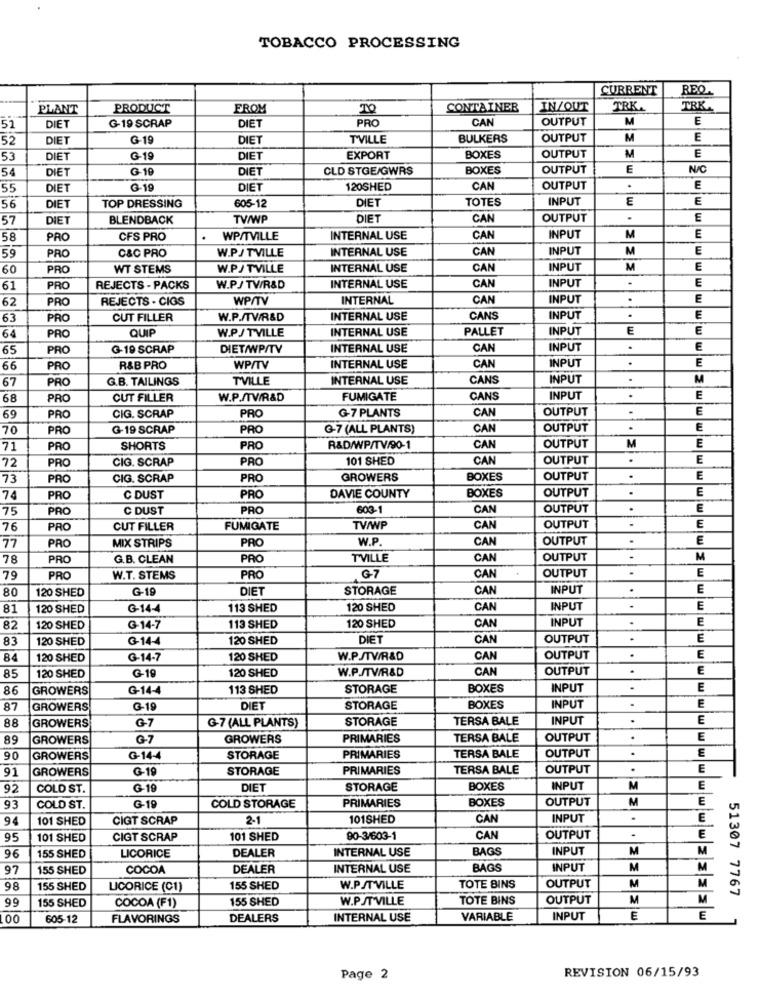
TOBACCO PROCESSING
CURRENT
REQ.
PLANT
PRODUCT
FROM
CONTAINER
IN/OUT
TRK
TRK.
G-19 SCRAP
DIET
PRC
CAN
OUTPUT
M
E
51
DIET
52
DIET
G-19
DIET
TVILLE
BULKERS
OUTPUT
M
E
E
53
DIET
G-19
DIET
EXPORT
BOXES
OUTPUT
M
54
DIET
G-19
DIET
CLD STGE/GWRS
BOXES
OUTPUT
E
N/C
55
DIET
3-19
DIET
120SHED
CAN
OUTPUT
E
DIET
TOP DRESSING
605-12
DIET
TOTES
INPUT
€
E
56
57
DIET
BLENDBACK
TV/WP
DIET
CAN
OUTPUT
-
E
58
PRO
CFS PRO
WP/TVILLE
INTERNAL USE
CAN
INPUT
M
E
W.P / TVILLE
INTERNAL USE
CAN
INPUT
M
E
59
PRO
C&C PRO
60
PRO
WT STEMS
W.P/ TVILLE
INTERNAL USE
CAN
INPUT
M
E
CAN
E
61
PRO
REJECTS - PACKS
W.P./ TV/R&D
INTERNAL USE
INPUT
62
PRO
REJECTS . CIGS
WP/TV
INTERNAL
CAN
INPUT
.
E
63
PRO
CUT FILLER
W.P./TV/R&D
INTERNAL USE
CANS
INPUT
.
E
QUIP
W.P/ TVILLE
INTERNAL USE
PALLET
INPUT
E
E
64
PRO
65
PRO
G-19 SCRAP
DIET/WP/TV
INTERNAL USE
CAN
INPUT
.
E
CAN
.
E
66
PRO
R&B PRO
WP/TV
INTERNAL USE
INPUT
67
PRO
G.B. TAILINGS
TVILLE
INTERNAL USE
CANS
INPUT
.
M
68
PRO
CUT FILLER
W.P./TV/R&D
FUMIGATE
CANS
INPUT
.
E
G-7 PLANTS
CAN
OUTPUT
E
59
PRO
CIG. SCRAP
PRO
70
PRO
G-19 SCRAP
PRO
G-7 (ALL PLANTS)
CAN
OUTPUT
.
E
M
E
71
PRO
SHORTS
PRO
R&D/WP/TV/90-1
CAN
OUTPUT
PRO
CIG. SCRAP
PRO
101 SHED
CAN
OUTPUT
E
72
73
PRC
CIG. SCRAP
PRO
GROWERS
BOXES
OUTPUT
.
E
BOXES
OUTPUT
E
74
PRC
C DUST
PRO
DAVIE COUNTY
75
PRC
C DUST
PRO
603-1
CAN
OUTPUT
.
E
.
76
PRC
CUT FILLER
FUMIGATE
TV/WP
CAN
OUTPUT
E
77
W.P.
CAN
OUTPUT
.
E
PRO
MIX STRIPS
PRO
78
PRO
G.B. CLEAN
PRO
TVILLE
CAN
OUTPUT
.
M
.
E
79
PRC
W.T. STEMS
PRO
G-7
CAN
OUTPUT
80
120 SHED
G-19
DIET
STORAGE
CAN
INPUT
.
E
81
120 SHED
G-14-4
113 SHED
120 SHED
CAN
INPUT
E
CAN
INPUT
.
E
82
120 SHED
G-14-7
113 SHED
120 SHED
83
120 SHED
G-14-
120 SHED
DIE
CAN
OUTPUT
.
E
8
120 SHED
G-14-7
120 SHED
W.P./TV/R&D
CAN
OUTPUT
.
E
85
G-19
120 SHED
W.P./TV/R&D
CAN
OUTPUT
.
E
120 SHED
86
GROWERS
G-14-
113 SHED
STORAGE
BOXES
INPUT
.
E
E
87
GROWERS
G-19
DIET
STORAGE
BOXES
INPUT
88
G-7
G-7 (ALL PLANTS)
STORAGE
TERSA BALE
INPUT
.
E
GROWERS
89
GROWERS
G-7
GROWERS
PRIMARIES
TERSA BALE
OUTPUT
.
E
.
E
90
GROWERS
G-14-4
STORAGE
PRIMARIES
TERSA BALE
OUTPUT
91
GROWERS
G-19
STORAGE
PRIMARIES
TERSA BALE
OUTPUT
.
E
92
COLD ST.
6-19
DIET
STORAGE
BOXES
INPUT
M
E
PRIMARIES
BOXES
OUTPUT
M
E
93
COLD ST.
G-19
COLD STORAGE
101 SHED
CIGT SCRAP
2-1
101SHED
CAN
INPUT
E
95
101 SHED
CIGT SCRAP
101 SHED
90-3/603-1
CAN
OUTPUT
-
E
96
DEALER
INTERNAL USE
BAGS
INPUT
M
M
155 SHED
LICORICE
97
155 SHED
COCOA
DEALER
INTERNAL USE
BAGS
INPUT
M
M
M
M
98
155 SHED
LICORICE (C1)
155 SHED
W.P./TVILLE
TOTE BINS
OUTPUT
51307 7767
99
155 SHED
W.P./TVILLE
TOTE BINS
OUTPUT
M
M
155 SHED
COCOA (F1)
00
605-12
FLAVORINGS
DEALERS
INTERNAL USE
VARIABLE
INPUT
E
E
Page 2
REVISION 06/15/93